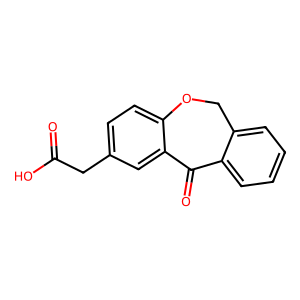
SMILES: O=C(O)Cc1ccc2c(c1)C(=O)c1ccccc1CO2
Inhibits HIV replication: No